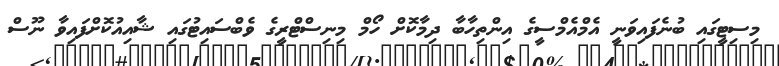
މިސިޓީގައި ބުނެފައިވަނީ އެމްއެމްސީގެ އިންތިހާބާ ދިމާކޮށް ހޯމް މިނިސްޓްރީގެ ވެބްސައިޓުގައި ޝާއިއުކޮށްފައިވާ ނޫސް